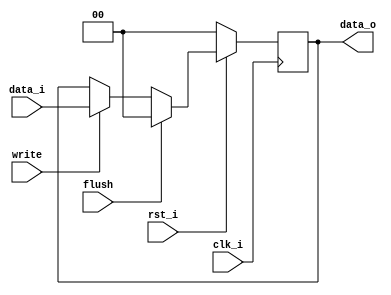
// 0516244 TAY CHUN KEAT
`timescale 1ns / 1ps
//Subject:     CO project 4 - Pipe Register
//--------------------------------------------------------------------------------
//Version:     1
//--------------------------------------------------------------------------------
//Writer:      
//----------------------------------------------
//Date:        
//----------------------------------------------
//Description: 
//--------------------------------------------------------------------------------
module Pipe_Reg(
    clk_i,
    rst_i,
    flush,
    write,
    data_i,
    data_o
    );
					
parameter size = 0;

input   clk_i;		  
input   rst_i;
input	flush;
input	write;
input   [size-1:0] data_i;
output reg  [size-1:0] data_o;
	  
always@(posedge clk_i) 
begin
    if(~rst_i)
        data_o <= 0;
    else
	if(flush)
	   data_o <= 0;
	else
	begin
	   if(write)
	      data_o <= data_i;
	   else
              data_o <= data_o;
	end
end

endmodule